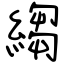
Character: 縐